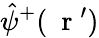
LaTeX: \hat{\psi}^{+}(\mathrm{~\mathbf~r~}^{\prime})